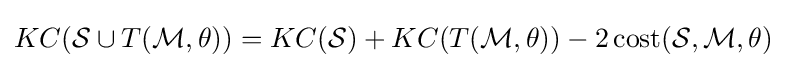
KC({\mathcal {S}}\cup T({\mathcal {M}},\theta ))=KC({\mathcal {S}})+KC(T({\mathcal {M}},\theta ))-2\operatorname {cost} ({\mathcal {S}},{\mathcal {M}},\theta )